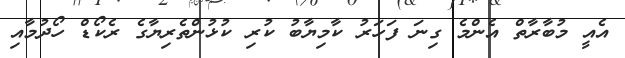
އެއީ މުބާރާތް އެންމެ ގިނަ ފަހަރު ކާމިޔާބު ކުރި ކުޅުންތެރިޔާގެ ރެކޯޑް ހޯދުމާއި